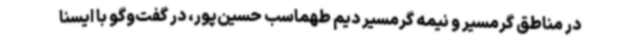
در مناطق گرمسیر و نیمه گرمسیر دیم طهماسب حسین‌پور، در گفت‌وگو با ایسنا